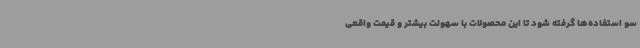
سو استفاده‌ها گرفته شود تا این محصولات با سهولت بیشتر و قیمت واقعی